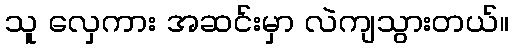
သူ လှေကား အဆင်းမှာ လဲကျသွားတယ်။